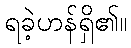
ရခဲ့ဟန်ရှိ၏။